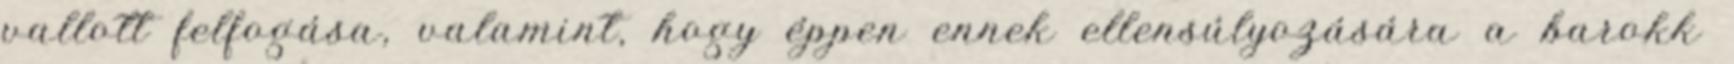
vallott felfogása, valamint, hogy éppen ennek ellensúlyozására a barokk